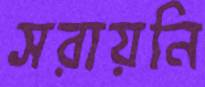
সরায়নি